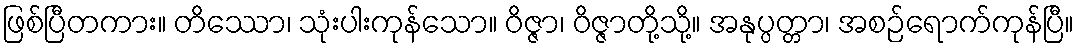
ဖြစ်ပြီတကား။ တိဿော၊ သုံးပါးကုန်သော။ ဝိဇ္ဇာ၊ ဝိဇ္ဇာတို့သို့။ အနုပ္ပတ္တာ၊ အစဉ်ရောက်ကုန်ပြီ။